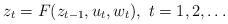
LaTeX: \begin{align*} z_t=F(z_{t-1},u_t,w_t),\ t=1,2,\dots\end{align*}